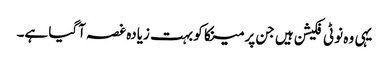
یہی وہ نوٹی فکیشن ہیں جن پر مینکا کو بہت زیادہ غصہ آگیا ہے۔